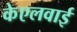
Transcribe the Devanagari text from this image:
केएलवाई